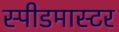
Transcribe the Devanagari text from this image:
स्पीडमास्टर